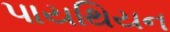
પાયથિયન